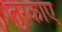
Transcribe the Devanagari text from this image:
तुरकाए